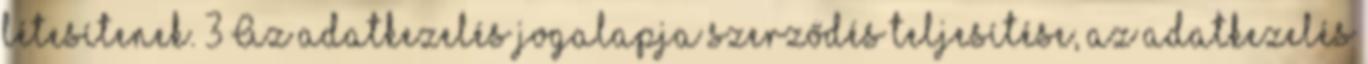
létesítenek. 3 Az adatkezelés jogalapja szerződés teljesítése, az adatkezelés